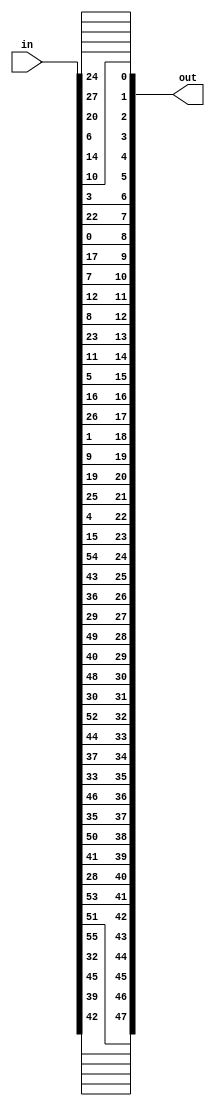
module PC2(input [1:56] in, output [1:48] out);
  assign out[1] = in[14];
  assign out[2] = in[17];
  assign out[3] = in[11];
  assign out[4] = in[24];
  assign out[5] = in[1];
  assign out[6] = in[5];
  assign out[7] = in[3];
  assign out[8] = in[28];
  assign out[9] = in[15];
  assign out[10] = in[6];
  assign out[11] = in[21];
  assign out[12] = in[10];
  assign out[13] = in[23];
  assign out[14] = in[19];
  assign out[15] = in[12];
  assign out[16] = in[4];
  assign out[17] = in[26];
  assign out[18] = in[8];
  assign out[19] = in[16];
  assign out[20] = in[7];
  assign out[21] = in[27];
  assign out[22] = in[20];
  assign out[23] = in[13];
  assign out[24] = in[2];
  assign out[25] = in[41];
  assign out[26] = in[52];
  assign out[27] = in[31];
  assign out[28] = in[37];
  assign out[29] = in[47];
  assign out[30] = in[55];
  assign out[31] = in[30];
  assign out[32] = in[40];
  assign out[33] = in[51];
  assign out[34] = in[45];
  assign out[35] = in[33];
  assign out[36] = in[48];
  assign out[37] = in[44];
  assign out[38] = in[49];
  assign out[39] = in[39];
  assign out[40] = in[56];
  assign out[41] = in[34];
  assign out[42] = in[53];
  assign out[43] = in[46];
  assign out[44] = in[42];
  assign out[45] = in[50];
  assign out[46] = in[36];
  assign out[47] = in[29];
  assign out[48] = in[32];
endmodule